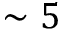
\sim 5